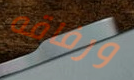
ورفاقه